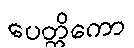
ပေတ္တိကော